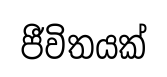
ජීවිතයක්